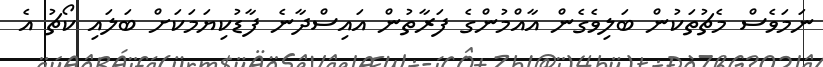
ނަމަވެސް މެޗުތަކުން ބަލިވެގެން އާއްމުންގެ ފަރާތުން އައިސްދާނެ ފާޑުކިޔަމަކަށް ބަލައި ކޯޗު އެ